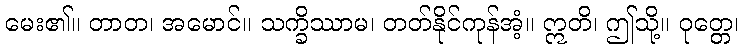
မေး၏။ တာတ၊ အမောင်။ သက္ခိဿာမ၊ တတ်နိုင်ကုန်အံ့။ ဣတိ၊ ဤသို့။ ဝုတ္တေ၊